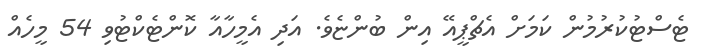
ޓެސްޓުކުރުމުން ކަމަށް އެޗްޕީއޭ އިން ބުންޏެވެ. އަދި އެމީހާއާ ކޮންޓެކްޓުވި 54 މީހެއް